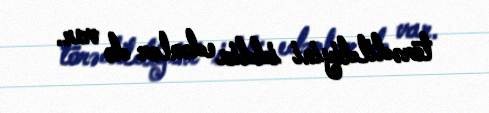
törədildiyini iddia edənlər də var.